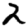
Digit: 2